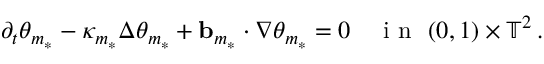
\partial _ { t } \theta _ { m _ { * } } - \kappa _ { m _ { * } } \Delta \theta _ { m _ { * } } + \ensuremath { \mathbf { b } } _ { m _ { * } } \cdot \nabla \theta _ { m _ { * } } = 0 \quad \mathrm { ~ i ~ n ~ } \ ( 0 , 1 ) \times \ensuremath { \mathbb { T } } ^ { 2 } \, .